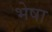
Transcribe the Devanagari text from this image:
भेषा